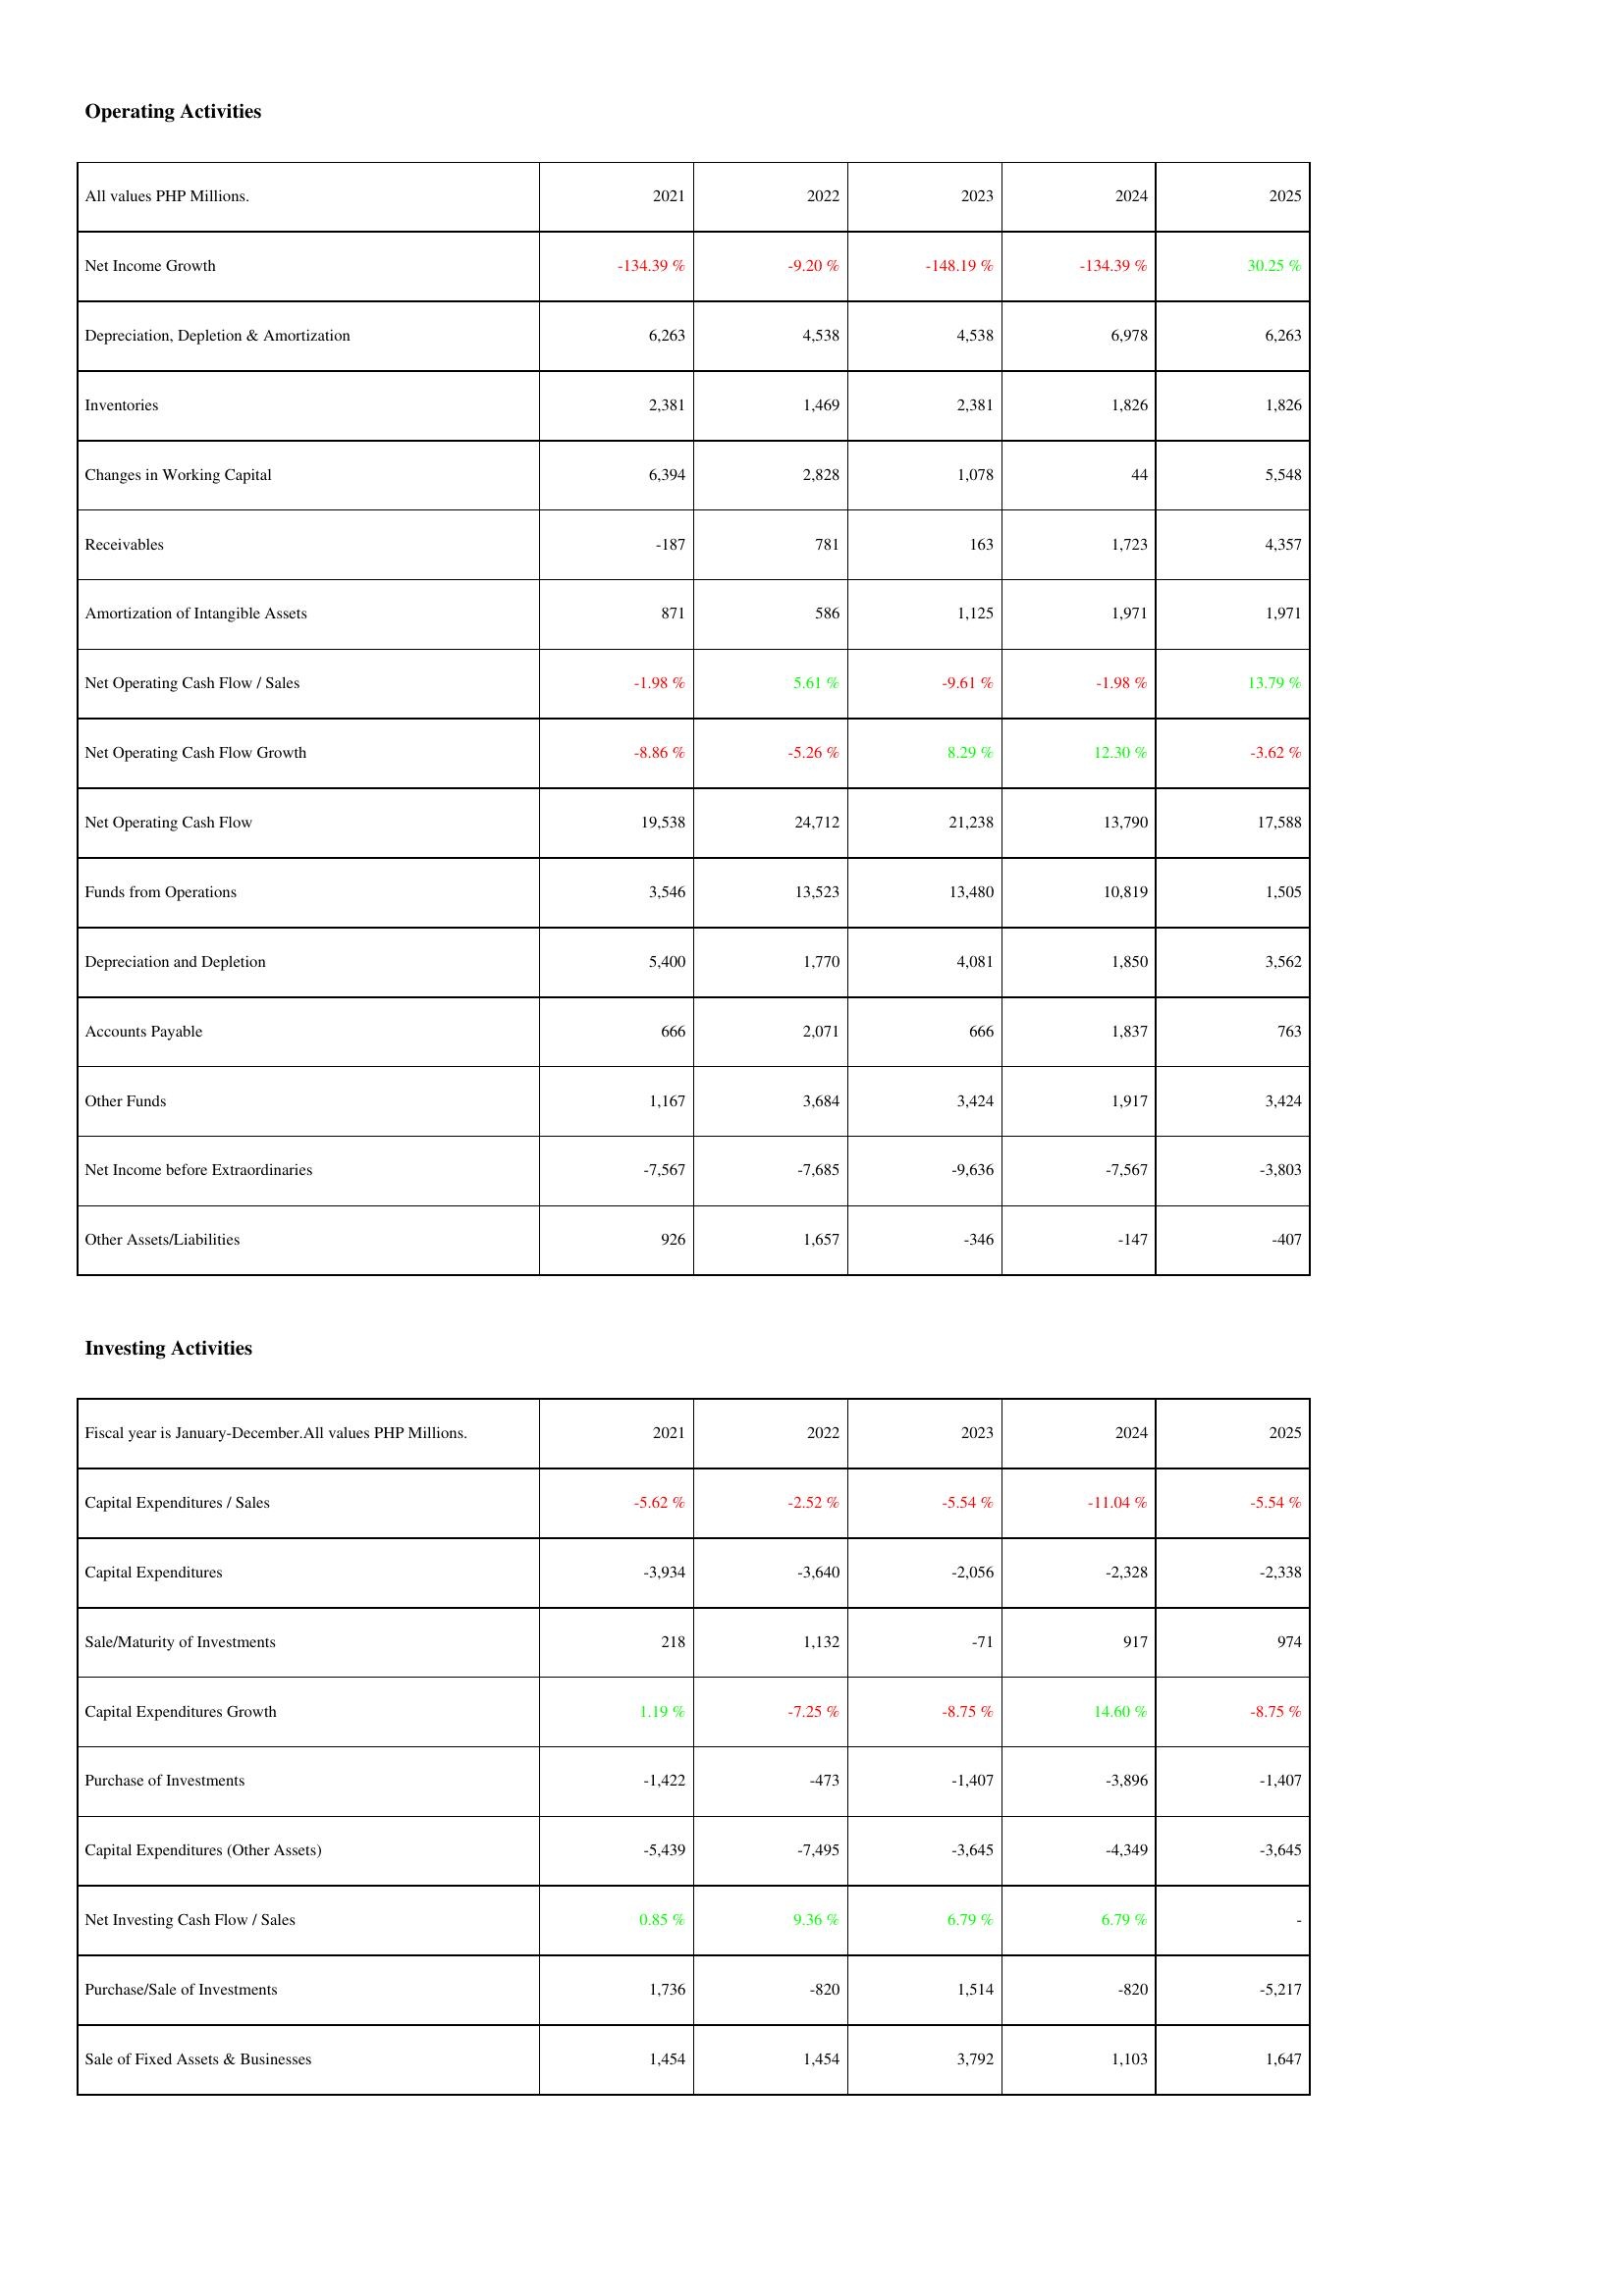
2021: Operating Activities: Net Income Growth: -134.39 %
Depreciation, Depletion & Amortization: 6,263
Inventories: 2,381
Changes in Working Capital: 6,394
Receivables: -187
Amortization of Intangible Assets: 871
Net Operating Cash Flow / Sales: -1.98 %
Net Operating Cash Flow Growth: -8.86 %
Net Operating Cash Flow: 19,538
Funds from Operations: 3,546
Depreciation and Depletion: 5,400
Accounts Payable: 666
Other Funds: 1,167
Net Income before Extraordinaries: -7,567
Other Assets/Liabilities: 926
Investing Activities: Capital Expenditures / Sales: -5.62 %
Capital Expenditures: -3,934
Sale/Maturity of Investments: 218
Capital Expenditures Growth: 1.19 %
Purchase of Investments: -1,422
Capital Expenditures (Other Assets): -5,439
Net Investing Cash Flow / Sales: 0.85 %
Purchase/Sale of Investments: 1,736
Sale of Fixed Assets & Businesses: 1,454
2022: Operating Activities: Net Income Growth: -9.20 %
Depreciation, Depletion & Amortization: 4,538
Inventories: 1,469
Changes in Working Capital: 2,828
Receivables: 781
Amortization of Intangible Assets: 586
Net Operating Cash Flow / Sales: 5.61 %
Net Operating Cash Flow Growth: -5.26 %
Net Operating Cash Flow: 24,712
Funds from Operations: 13,523
Depreciation and Depletion: 1,770
Accounts Payable: 2,071
Other Funds: 3,684
Net Income before Extraordinaries: -7,685
Other Assets/Liabilities: 1,657
Investing Activities: Capital Expenditures / Sales: -2.52 %
Capital Expenditures: -3,640
Sale/Maturity of Investments: 1,132
Capital Expenditures Growth: -7.25 %
Purchase of Investments: -473
Capital Expenditures (Other Assets): -7,495
Net Investing Cash Flow / Sales: 9.36 %
Purchase/Sale of Investments: -820
Sale of Fixed Assets & Businesses: 1,454
2023: Operating Activities: Net Income Growth: -148.19 %
Depreciation, Depletion & Amortization: 4,538
Inventories: 2,381
Changes in Working Capital: 1,078
Receivables: 163
Amortization of Intangible Assets: 1,125
Net Operating Cash Flow / Sales: -9.61 %
Net Operating Cash Flow Growth: 8.29 %
Net Operating Cash Flow: 21,238
Funds from Operations: 13,480
Depreciation and Depletion: 4,081
Accounts Payable: 666
Other Funds: 3,424
Net Income before Extraordinaries: -9,636
Other Assets/Liabilities: -346
Investing Activities: Capital Expenditures / Sales: -5.54 %
Capital Expenditures: -2,056
Sale/Maturity of Investments: -71
Capital Expenditures Growth: -8.75 %
Purchase of Investments: -1,407
Capital Expenditures (Other Assets): -3,645
Net Investing Cash Flow / Sales: 6.79 %
Purchase/Sale of Investments: 1,514
Sale of Fixed Assets & Businesses: 3,792
2024: Operating Activities: Net Income Growth: -134.39 %
Depreciation, Depletion & Amortization: 6,978
Inventories: 1,826
Changes in Working Capital: 44
Receivables: 1,723
Amortization of Intangible Assets: 1,971
Net Operating Cash Flow / Sales: -1.98 %
Net Operating Cash Flow Growth: 12.30 %
Net Operating Cash Flow: 13,790
Funds from Operations: 10,819
Depreciation and Depletion: 1,850
Accounts Payable: 1,837
Other Funds: 1,917
Net Income before Extraordinaries: -7,567
Other Assets/Liabilities: -147
Investing Activities: Capital Expenditures / Sales: -11.04 %
Capital Expenditures: -2,328
Sale/Maturity of Investments: 917
Capital Expenditures Growth: 14.60 %
Purchase of Investments: -3,896
Capital Expenditures (Other Assets): -4,349
Net Investing Cash Flow / Sales: 6.79 %
Purchase/Sale of Investments: -820
Sale of Fixed Assets & Businesses: 1,103
2025: Operating Activities: Net Income Growth: 30.25 %
Depreciation, Depletion & Amortization: 6,263
Inventories: 1,826
Changes in Working Capital: 5,548
Receivables: 4,357
Amortization of Intangible Assets: 1,971
Net Operating Cash Flow / Sales: 13.79 %
Net Operating Cash Flow Growth: -3.62 %
Net Operating Cash Flow: 17,588
Funds from Operations: 1,505
Depreciation and Depletion: 3,562
Accounts Payable: 763
Other Funds: 3,424
Net Income before Extraordinaries: -3,803
Other Assets/Liabilities: -407
Investing Activities: Capital Expenditures / Sales: -5.54 %
Capital Expenditures: -2,338
Sale/Maturity of Investments: 974
Capital Expenditures Growth: -8.75 %
Purchase of Investments: -1,407
Capital Expenditures (Other Assets): -3,645
Net Investing Cash Flow / Sales: -
Purchase/Sale of Investments: -5,217
Sale of Fixed Assets & Businesses: 1,647